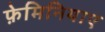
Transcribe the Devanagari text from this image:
फ़ेमिनियाए